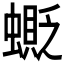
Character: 𧒅